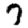
Digit: 7